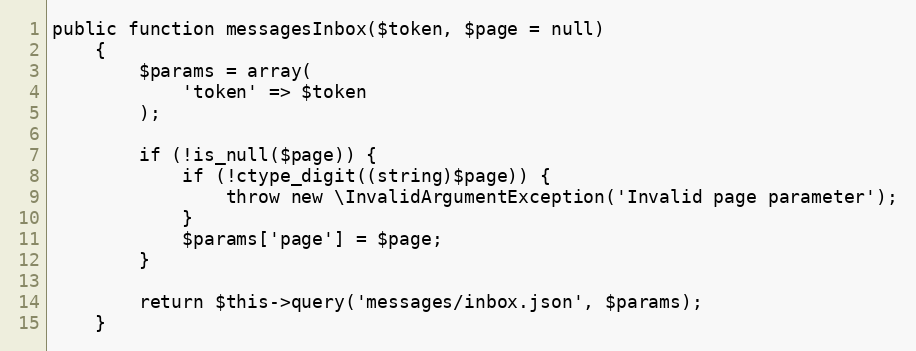
Language: PHP
public function messagesInbox($token, $page = null)
    {
        $params = array(
            'token' => $token
        );

        if (!is_null($page)) {
            if (!ctype_digit((string)$page)) {
                throw new \InvalidArgumentException('Invalid page parameter');
            }
            $params['page'] = $page;
        }

        return $this->query('messages/inbox.json', $params);
    }